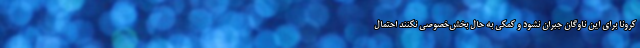
کرونا برای این ناوگان جبران نشود و کمکی به حال بخش‌خصوصی نکنند احتمال